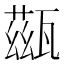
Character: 𤮀